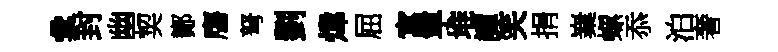
彙封幽契鄼譍弩劉煒屈寓寜堆譚笑捐嶪螺忝泊奢